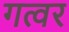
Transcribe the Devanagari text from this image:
गत्वर